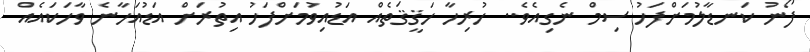
ފޯނު ކަނޑާލުމަށްފަހު ސިމް ނެގިއެވެ.. ހުރިހާ ހަޤީޤަތެއް އަޑުއިވުމަށްފަހު އިތުރަށް އަޑުއަހާނެ ވާހަކައެއް